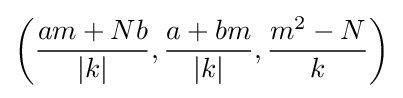
\left({\frac {am+Nb}{|k|}},{\frac {a+bm}{|k|}},{\frac {m^{2}-N}{k}}\right)